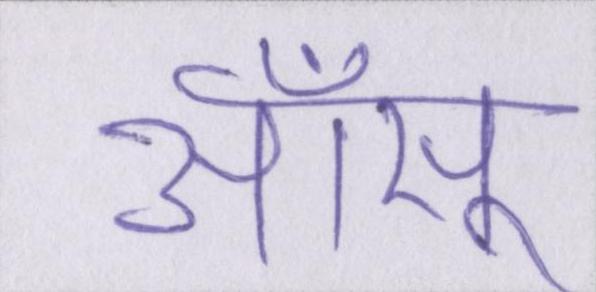
आँसू